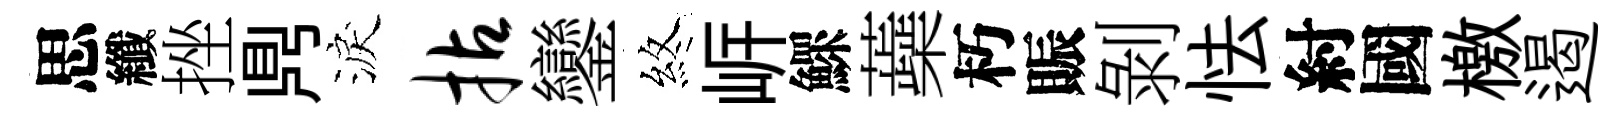
思纖挫𪔂淚拈鑾煞㟁鰥蘃朽賑剝怯紂國檄遏